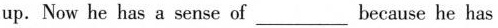
up. Now he has a sense of___because he has